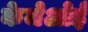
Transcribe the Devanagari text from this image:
केजेओई